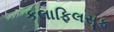
કલાફિલસૂફ